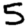
Digit: 5